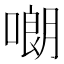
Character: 𠻴